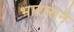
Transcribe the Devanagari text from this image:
भाराराने